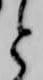
と